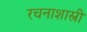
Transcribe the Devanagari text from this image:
रचनाशास्त्री